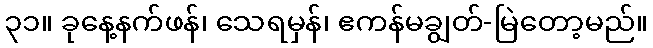
၃၁။ ခုနေ့နက်ဖန်၊ သေရမှန်၊ ဧကန်မချွတ်-မြဲတော့မည်။